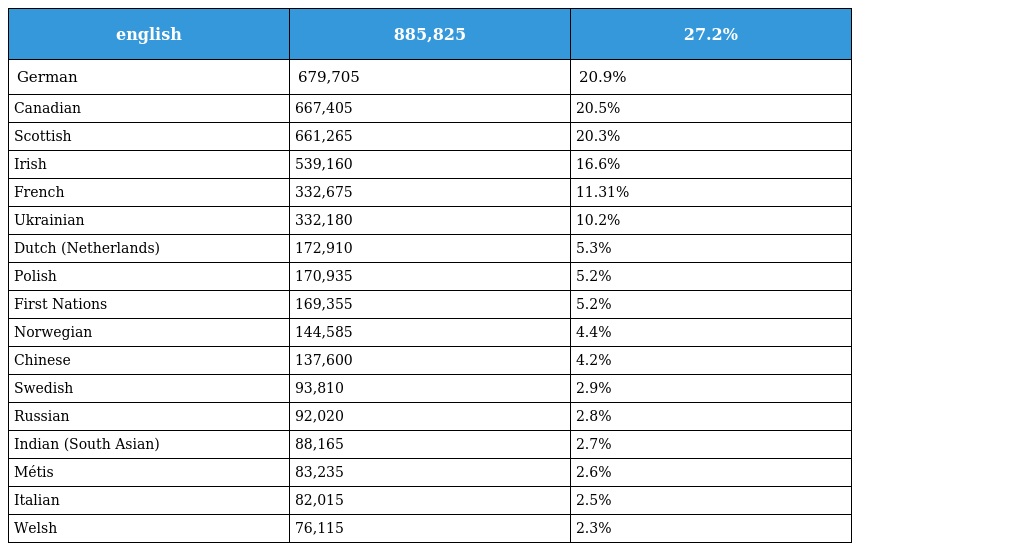
| english | 885,825 | 27.2% |
 | --- | --- | --- |
 | German | 679,705 | 20.9% |
 | Canadian | 667,405 | 20.5% |
 | Scottish | 661,265 | 20.3% |
 | Irish | 539,160 | 16.6% |
 | French | 332,675 | 11.31% |
 | Ukrainian | 332,180 | 10.2% |
 | Dutch (Netherlands) | 172,910 | 5.3% |
 | Polish | 170,935 | 5.2% |
 | First Nations | 169,355 | 5.2% |
 | Norwegian | 144,585 | 4.4% |
 | Chinese | 137,600 | 4.2% |
 | Swedish | 93,810 | 2.9% |
 | Russian | 92,020 | 2.8% |
 | Indian (South Asian) | 88,165 | 2.7% |
 | Métis | 83,235 | 2.6% |
 | Italian | 82,015 | 2.5% |
 | Welsh | 76,115 | 2.3% |